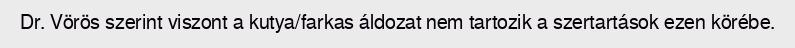
Dr. Vörös szerint viszont a kutya/farkas áldozat nem tartozik a szertartások ezen körébe.